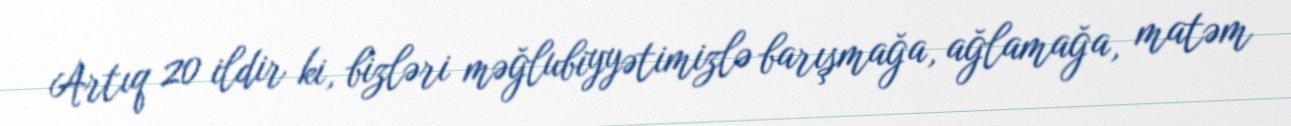
Artıq 20 ildir ki, bizləri məğlubiyyətimizlə barışmağa, ağlamağa, matəm